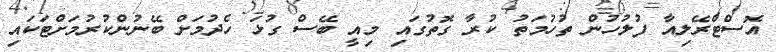
އޮސްޓްރޭލިއާ ފުލުހުން ތުހުމަތު ކުރާ ގޮތުގައި މިއީ ބޭސް ގުޅަ ހެދުމަށް ބޭނުންކުރުމަށްޓަކައި